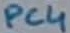
Text: PC4